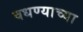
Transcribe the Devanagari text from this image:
वधण्याच्या